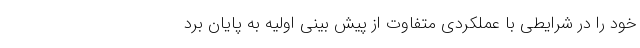
خود را در شرایطی با عملکردی متفاوت از پیش بینی اولیه به پایان برد